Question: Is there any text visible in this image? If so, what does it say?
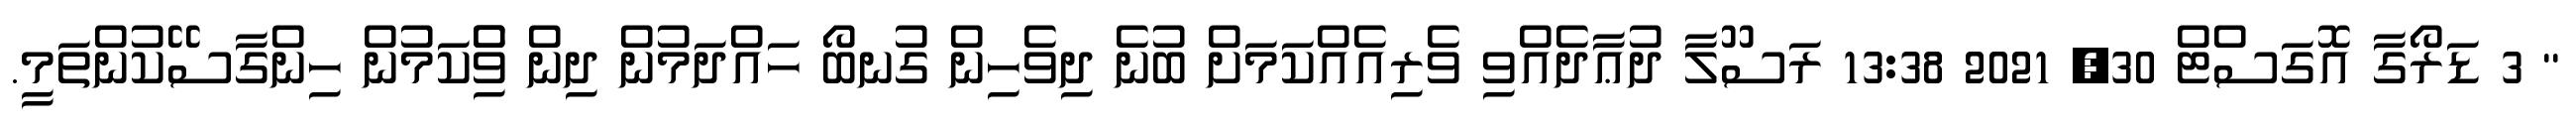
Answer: " 3 ޑަރޯގާ އޮގަސްޓް 30, 2021 13:38 ރަސޫލާ ދުޢާދެއްވި ވެރިއެއްކަމަށް ބުނެ ދިވެހިން ގުނބޯ ހައްދަމުން ދިން ވިެްކަމުން ހިންގާސޭކުންތަމީ.